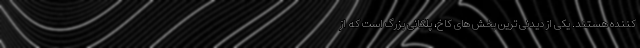
کننده هستند. یکی از دیدنی ترین بخش های کاخ، پلکانی بزرگ است که از